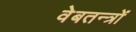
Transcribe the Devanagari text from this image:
वेबतन्त्रों